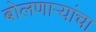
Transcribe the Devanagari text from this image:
बोलणाऱ्यांचा